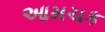
આમચક